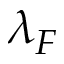
\lambda _ { F }